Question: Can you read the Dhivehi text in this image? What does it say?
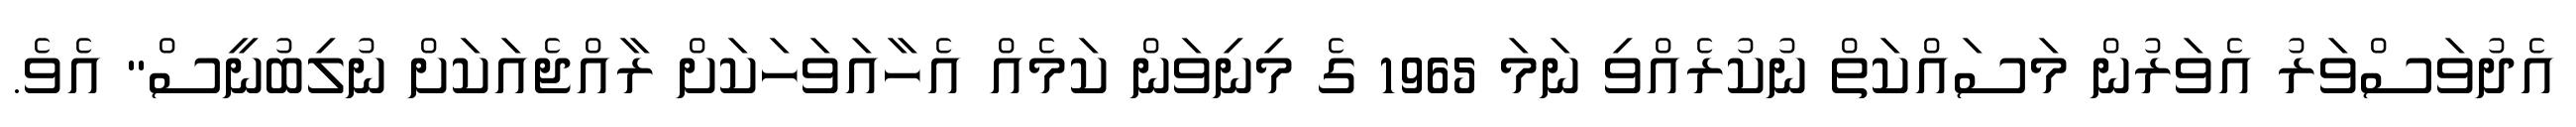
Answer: އެދުވަސްވަރު އެވަރުން މަސައްކަތް ނުކުރެއްވި ނަމަ 1965 ގެ މިނިވަން ކަމެއް އެހާއަވަހަކަށް ރާއްޖެއަކަށް ނުލިބުނީސް" އެވެ.